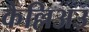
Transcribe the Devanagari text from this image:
कैल्लिअउ